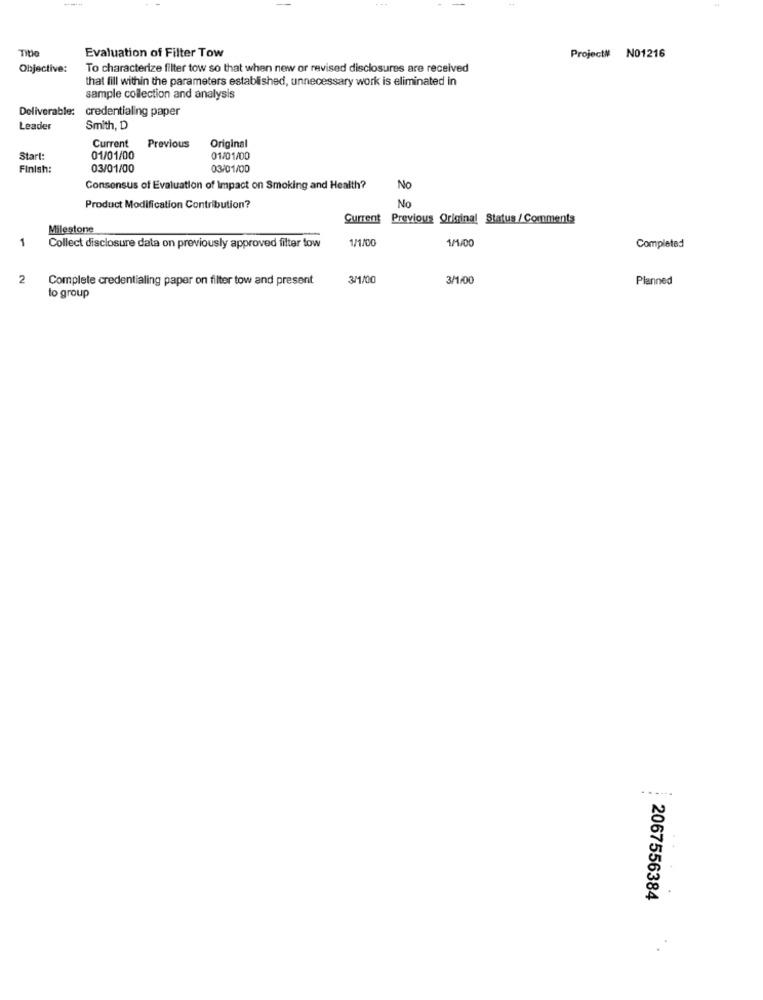
...
-
Title
Evaluation of Filter Tow
Project# N01216
Objective:
To characterize filter tow so that when new or revised disclosures are received
that fill within the parameters established, unnecessary work is eliminated in
sample collection and analysis
Deliverable:
credentialing paper
Leader
Smith, D
Original
Current
Previous
Start:
01/01/00
01/01/00
Finish:
03/01/00
03/01/00
Consensus of Evaluation of Impact on Smoking and Health?
No
Product Modification Contribution?
No
Current
Previous Original Status / Comments
Milestone
1
1/1/00
Collect disclosure data on previously approved filter tow
Completed
2
Complete credentialing paper on filter tow and present
3/1/00
3/1/00
Planned
to group
......
2067556384